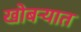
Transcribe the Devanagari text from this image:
खोबऱ्यात